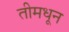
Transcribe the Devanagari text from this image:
तीमधून